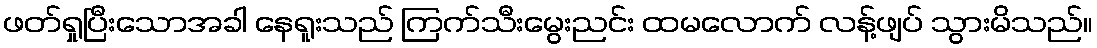
ဖတ်ရှုပြီးသောအခါ နေရူးသည် ကြက်သီးမွေးညင်း ထမလောက် လန့်ဖျပ် သွားမိသည်။